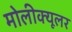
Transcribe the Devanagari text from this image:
मोलीक्यूलर